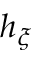
h _ { \xi }